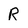
Character: R